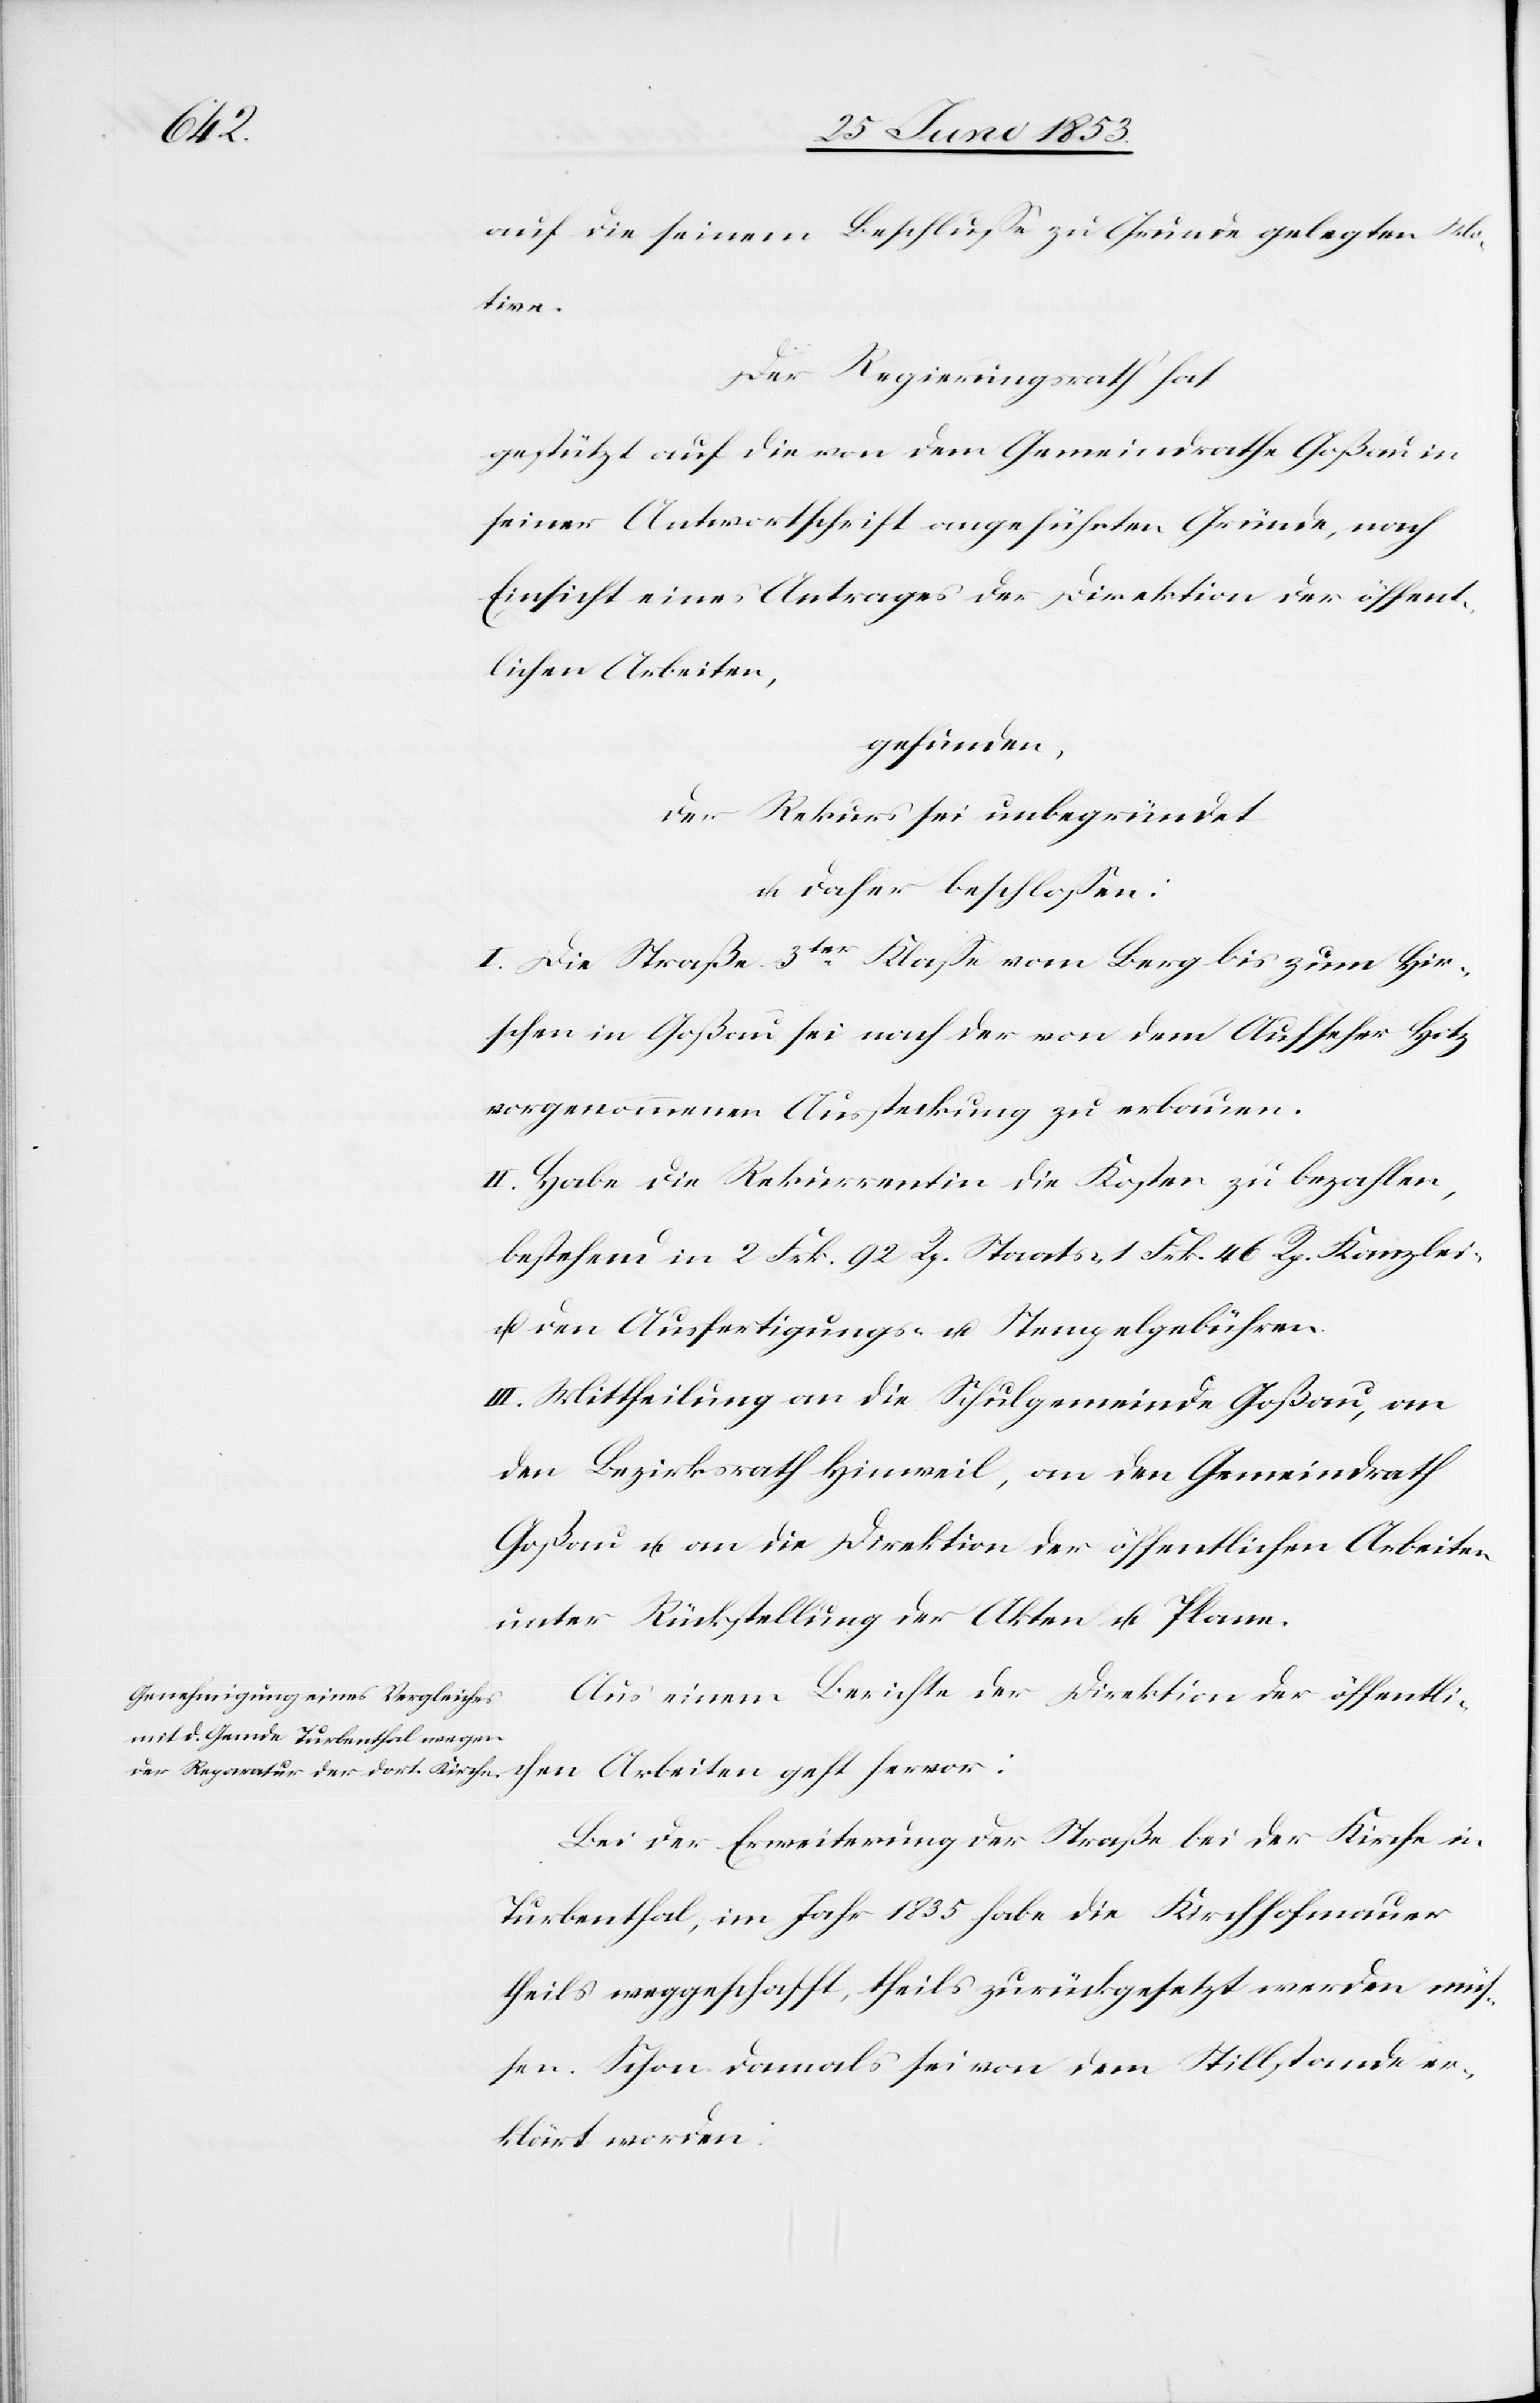
auf die seinem Beschluße zu Grunde gelegten Mo¬
tive.
Der Regierungsrath hat
Gestützt auf die von dem Gemeindrathe Goßau in
seiner Antwortschrift angeführten Gründe, nach
Einsicht eines Antrages der Direktion der öffent¬
lichen Arbeiten,
gefunden,
der Rekurs sei unbegründet
u. daher beschloßen:
I. Die Straße 3ter. Klaße vom Berg bis zum Hir¬
schen in Goßau sei nach der von dem Aufseher Hotz
vorgenommenen Aussteckung zu erbauen.
II. Habe die Rekurrentin die Kosten zu bezahlen,
bestehend in 2 Frk. 92 Rp. Staats- 1 Frk. 46 Rp. Kanzlei-
u. den Ausfertigungs- u. Stempelgebühren.
III. Mittheilung an die Schulgemeinde Goßau, an
den Bezirksrath Hinweil, an den Gemeindrath
Goßau u. an die Direktion der öffentlichen Arbeiten
unter Rückstellung der Akten u. Plane.
Aus einem Berichte der Direktion der öffentli¬
chen Arbeiten geht hervor:
Bei der Erweiterung der Straße bei der Kirche in
Turbenthal, im Jahr 1835 habe die Kirchhofmauer
theils weggeschafft, theils zurückgesetzt werden müs¬
sen. Schon damals sei von dem Stillstande er¬
klärt worden: